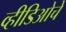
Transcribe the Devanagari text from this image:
व्हीडिओचे